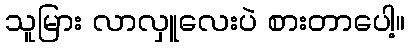
သူမြား လာလှူလေးပဲ စားတာပေါ့။